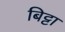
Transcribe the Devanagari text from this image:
बिट्टा